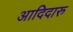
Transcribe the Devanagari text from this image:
आदिदारु